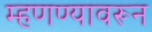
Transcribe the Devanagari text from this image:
म्हणण्यावरून